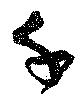
千